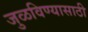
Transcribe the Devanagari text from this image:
जुळविण्यासाठी